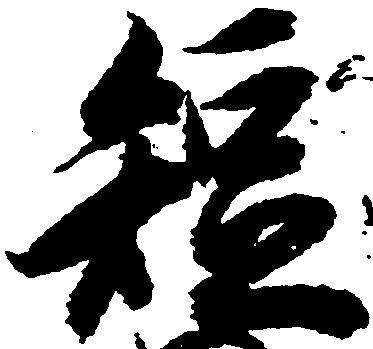
短